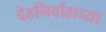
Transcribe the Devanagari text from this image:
देहनिर्वाहाच्या